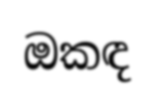
ඔකඳ